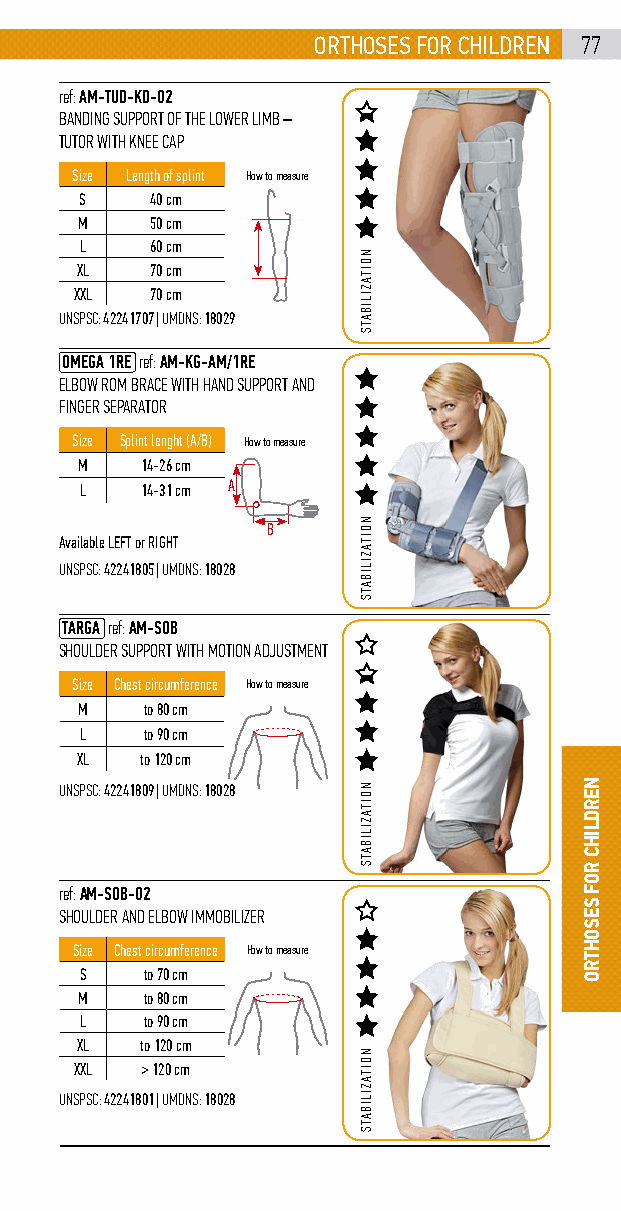
orthosEs for childrEn 77
 ref: AM-TUD-KD-02
 BANDING SUPPORT OF THE LOWER LIMB –
 TUTOR WITH KNEE CAP
 Size Length of splint How to measure
 S    40 cm
 M    50 cm
 L    60 cm
 XL   70 cm
 XXL  70 cm
 UNSPSC: 42241707 | UMDNS: 18029
 OMEGA 1RE ref: AM-KG-AM/1RE
 ELBOW ROM BRACE WITH HAND SUPPORT AND
 FINGER SEPARATOR
 Size Splint lenght (A/B) How to measure
 M   14-26 cm
 L   14-31 cm A
 B
 Available LEFT or RIGHT
 UNSPSC: 42241805 | UMDNS: 18028
 TARGA ref: AM-SOB
 SHOULDER SUPPORT WITH MOTION ADJUSTMENT
 Size Chest circumference How to measure
 M   to 80 cm
 L   to 90 cm
 XL  to 120 cm
 UNSPSC: 42241809 | UMDNS: 18028
 ref: AM-SOB-02
 SHOULDER AND ELBOW IMMOBILIZER
 Size Chest circumference How to measure
 S   to 70 cm
 M   to 80 cm
 L   to 90 cm
 XL  to 120 cm
 XXL > 120 cm
 UNSPSC: 42241801 | UMDNS: 18028
 NOITAZILIBATS
 NOITAZILIBATS
 NOITAZILIBATS
 NOITAZILIBATS
 NErDliHc
 rof
 sEsoHtro